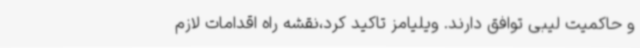
و حاکمیت لیبی توافق دارند. ویلیامز تاکید کرد،نقشه راه اقدامات لازم